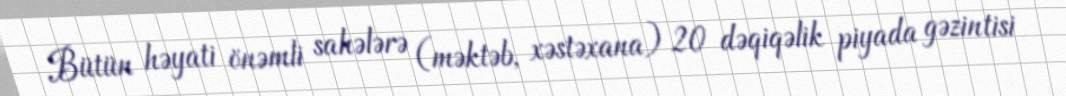
Bütün həyati önəmli sahələrə (məktəb, xəstəxana) 20 dəqiqəlik piyada gəzintisi